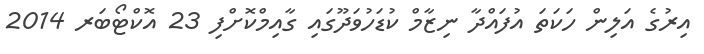
އިރުގެ އަލިން ހަކަތަ އުފައްދާ ނިޒާމް ކުޑަހުވަދޫގައި ގާއިމްކޮށްފި 23 އޮކްޓޯބަރ 2014